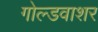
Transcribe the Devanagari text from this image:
गोल्डवाशर